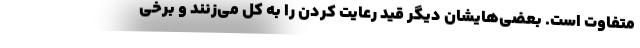
متفاوت است. بعضی‌هایشان دیگر قید رعایت کردن را به کل می‌زنند و برخی